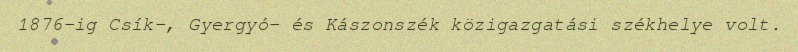
1876-ig Csík-, Gyergyó- és Kászonszék közigazgatási székhelye volt.